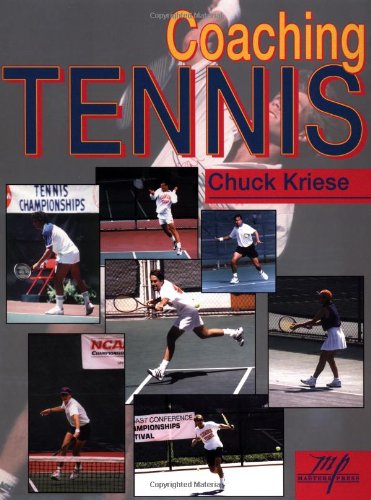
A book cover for Coaching Tennis; Chuck Kriese; Sports & Outdoors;